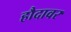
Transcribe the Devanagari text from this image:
हौदावर